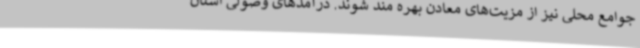
جوامع محلی نیز از مزیت‌های معادن بهره مند شوند. درآمدهای وصولی استان